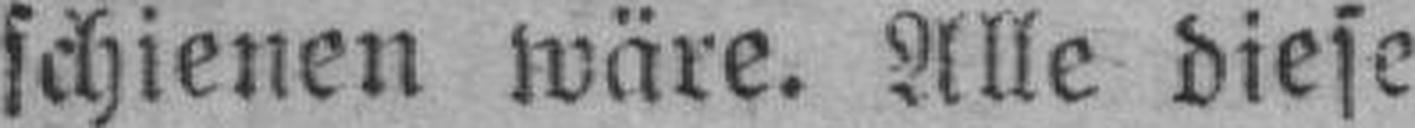
schienen wäre. Alle diese